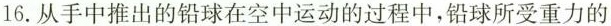
16. 从手中推出的铅球在空中运动的过程中，铅球所受重力的